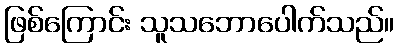
ဖြစ်ကြောင်း သူသဘောပေါက်သည်။